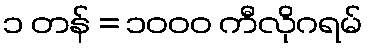
၁ တန် = ၁၀၀၀ ကီလိုဂရမ်